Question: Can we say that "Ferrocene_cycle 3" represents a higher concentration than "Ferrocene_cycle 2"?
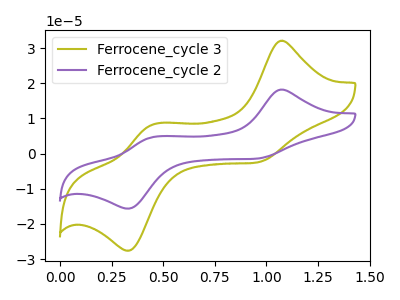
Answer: <think>The olive curve "Ferrocene_cycle 3" has anodic peaks at (1.05V, 32.05uA) (0.45V, 8.30uA) and cathodic peaks at (0.95V, -2.60uA) (0.35V, -27.60uA). The purple curve "Ferrocene_cycle 2" has anodic peaks at (1.05V, 18.15uA) (0.45V, 4.70uA) and cathodic peaks at (0.95V, -1.45uA) (0.35V, -15.65uA).
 All the peaks in "Ferrocene_cycle 3" have a peak in "Ferrocene_cycle 2" at the same potential. Every peak in "Ferrocene_cycle 3" is higher than every peak in "Ferrocene_cycle 2".</think>
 <answer>"Ferrocene_cycle 3" has more signal than "Ferrocene_cycle 2" and so likely has a higher concentration.</answer>
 <eval>more_concentration</eval>